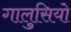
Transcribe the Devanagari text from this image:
गालुसियो